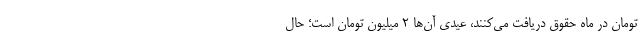
تومان در ماه حقوق دریافت می‌کنند، عیدی آن‌ها ۲ میلیون تومان است؛ حال